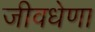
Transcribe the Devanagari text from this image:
जीवधेणा